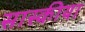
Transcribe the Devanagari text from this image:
सास्कीया